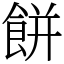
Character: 餅